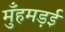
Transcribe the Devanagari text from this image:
मुँहमड़ई